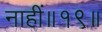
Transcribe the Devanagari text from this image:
नाहीं॥१९॥